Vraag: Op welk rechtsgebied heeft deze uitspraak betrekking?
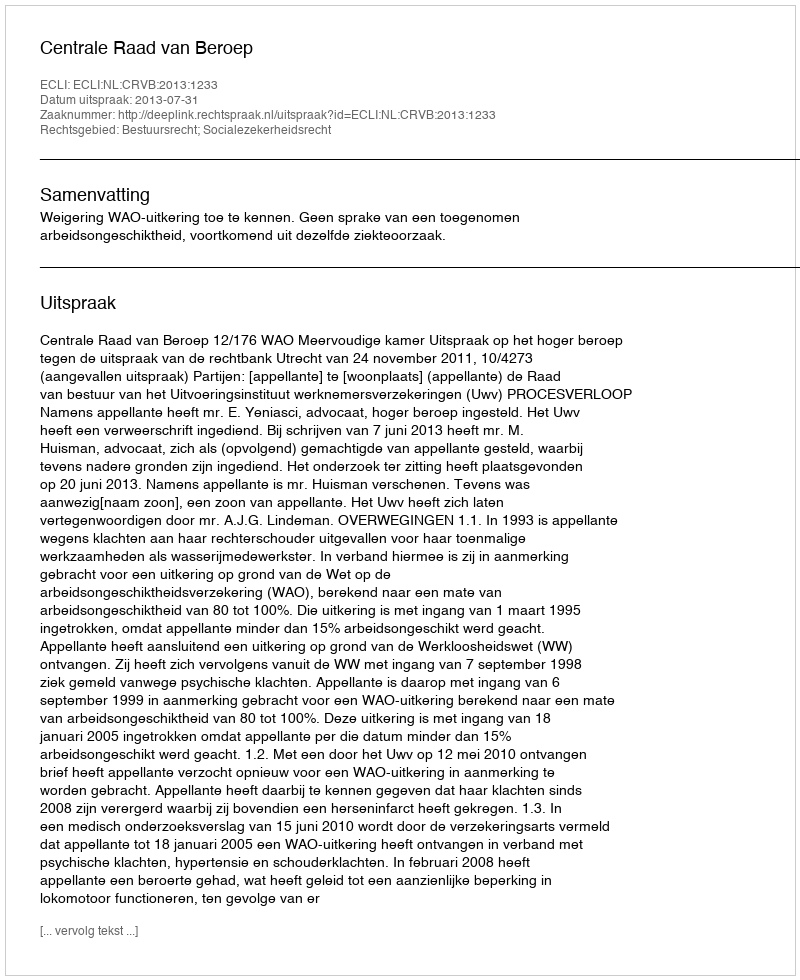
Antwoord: Bestuursrecht; Socialezekerheidsrecht